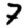
Digit: 7